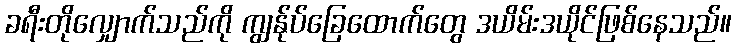
ခရီးတိုလျှောက်သည်ကို ကျွန်ုပ်ခြေထောက်တွေ ဒယိမ်းဒယိုင်ဖြစ်နေသည်။